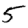
Digit: 5